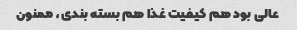
عالی بود هم کیفیت غذا هم بسته بندی، ممنون